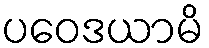
ပဝေဒယာမိ